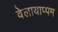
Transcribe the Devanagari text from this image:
वेलायाप्पम